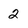
Character: 2